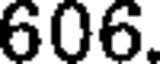
606.